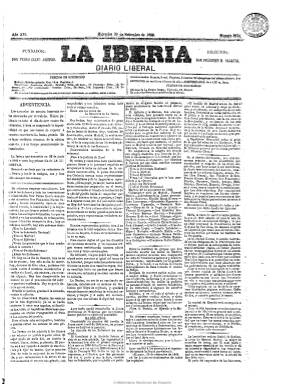
Título: La Iberia (Madrid. 1854)
Colección: Periódicos
Ámbito geográfico: Madrid
Lugar de publicación: Madrid
Fechas: 15/06/1854-21/06/1866

Junto a otros prohombres del liberalismo progresista, como los dramaturgos Manuel de Llano y Persi (1826-1907) y Juan de la Rosa González (1820-1886), fue fundada por el farmacéutico, periodista y también dramaturgo Pedro Calvo Asensio (1821-1863). Aparece su primer número el 15 de junio de 1854, en pleno movimiento militar en el que participa el propio Calvo y que un mes después finalizará en la Vicalvarada dando paso al Bienio Progresista (1854-1856). Será el prototipo del nuevo e influyente periodismo político y cauce del Partido Progresista. Para ello, Calvo supo rodearse de un nutrido grupo de excelentes periodistas y a la vez preclaras plumas del progresismo. Entre ellas, la de Práxedes Mateo Sagasta (1825-1903), que se formará como periodista en este diario desde 1857 y del que será redactor-jefe antes de asumir su dirección el uno de octubre de 1863, tras el fallecimiento de Calvo -su mentor y amigo- a la edad de 42 años, el 18 de septiembre de ese año, y adquirir la propiedad del periódico a su viuda –Ana María Posadas-, que la compartirá con José Abascal y Carredano (1829-1890). Este ya era copropietario –a partes iguales- con Calvo del diario desde 1862, y en 1864, junto a Sagasta y los hermanos Rojas, crearán su sociedad editora.

Con el subtítulo “diario liberal de la mañana” (a partir de 1860 desaparecerá la mención temporal), se publicará en entregas de cuatro páginas compuestas en cuatro densas planas de pequeña tipografía. Formará parte de la renovada prensa informativa y política española, cuyos contenidos van estructurados en secciones. Estas serán la Doctrinal (artículo de fondo o editorial), Noticias (Provincias, Madrid, Ultramar, Extranjero), Oficial (legislación), Variedades, Revista de teatros, Religiosa (cultos), Mercantil (cotizaciones de la Bolsa), Espectáculos (cartelera), Recreativa (folletín, que después se denominará Biblioteca de La Iberia y ocupará, generalmente, los faldones de la primera y segunda página) y Anuncios (que ocupará, aunque no siempre, la última plana completa). A estas se sumarán otras con los epígrafes Opinión, Gacetilla, Correspondencias extranjeras, Últimas noticias, Comunicado o Sección de remitidos, así como la parlamentaria o de Cortes, las de Política interior y Política exterior, además de otra de Astronomía (meteorología) o de Lotería nacional, con el listado de los premios.

No se publicará los lunes. A partir del 14 de noviembre de 1854 aumenta a cinco sus columnas por página. A partir del dos de diciembre de 1856 lo hace su formato y se empieza a componer a seis columnas, que las mantiene cuando vuelve a extender más su tamaño a partir de enero de 1860, llegando a indicar que es el de mayor dimensión y con mayor cantidad de “letras” de cuantos se publican. Imprime diversas ediciones (para Madrid y provincias) e incluso varias al día, así como, desde 1859, una edición económica, siendo distinguidas sus dos principales ediciones como la “grande” y la “chica” o económica. Además, entre diciembre de 1862 y el siete de septiembre de 1863, publicará también una edición satírica semanal, con caricaturas. Bajo la dirección de Sagasta llegará a ser uno de los diarios más leídos, y en 1865 superará en circulación a Las novedades (1850), el otro de los grandes noticieros, aunque La correspondencia (1859) se había convertido en el de mayor circulación de España, según la recaudación por timbre.

En su artículo de presentación se había proclamado “campeón de las doctrinas liberales” y había indicado que “la imparcialidad” era “su divisa; la legalidad, su escudo” y “la libertad, su grito de guerra”, y aunque exprese también que “no nos hemos afiliado a ningún partido”, se convertirá en órgano efectivo del Partido Progresista, incluyendo en sus páginas una sección bajo los epígrafes Circular o Boletín oficial de esta formación política. Desde La Iberia se combatirá a los ministerios moderados o unionistas de Ramón María Narváez (1800-1868) y de Leopoldo O’Donnell (1809-1867), y en un artículo del seis de septiembre de 1856 de Calvo Asensio se criticará duramente a los liberales que en 1858 se integrarán en la Unión Liberal liderada por el citado O’Donnell. Por el contrario, se mostrará favorable al general Baldomero Espartero (1793-1879).

La relación entre los periodistas de La Iberia y la actividad revolucionaria, política e institucional será muy estrecha, pues no sólo Calvo será diputado en 1854 y 1856 y Sagasta llegará a liderar el liberalismo progresista, tras el asesinato del general Prim (1870) y durante la Restauración, y ocupará varias veces la presidencia del Consejo de Ministros, sino otros de sus redactores o posteriores directores obtendrán actas de diputados o senadores u ocuparán cargos en la Administración. Es el caso del poeta Gaspar Núñez de Arce (1834-1903), que será su corresponsal en la Guerra de África (1859); del jurisconsulto Carlos Massa Sanguineti (1823-1883), que lo fue en la guerra austro-italiana (1859); o de Augusto Suárez Figueroa (1852-1904), Ángel Fernández de los Ríos (1821-1880), Fernando Fragoso (1830-1899), el ya citado Llano y Persi (1826-1907), Francisco Javier Carratalá (1830-1870), José María López del Pino (-1881), o Manuel Lasala. Hartzenbusch (1894) da un listado de hasta 36 periodistas de La Iberia, y además de los citados, incluye en su relación a los escritores Ventura Ruiz Aguilera (1820-1881) y Eugenio Sellés (1844-1926), a Francisco Javier de Moya (1821-1885), a su crítico teatral Juan de la Rosa González (1820-1886), a Víctor Balaguer (1823-1901), José Aguirre o Augusto Anguita.

A comienzos de 1858, La Iberia había mantenido una áspera polémica doctrinal con el órgano más representativo del Partido Demócrata –La Discusión (1856-1887)-, lo que causará que un grupo de los periodistas de esta pasase a engrosar la redacción de la primera, como es el caso de un entonces joven Manuel Ruiz Zorrilla (1833-1895). Como periódico más representativo del “espíritu del 54”, y defensor de la libertad de imprenta y de la soberanía nacional, será uno de los diarios que más sufrió multitud de denuncias, multas, secuestros, procesamientos y suspensiones, como el consejo de guerra al que se verán sometidos su director, editor responsable y periodistas el cinco de agosto de 1864, en virtud de la ley de imprenta del 29 de junio de ese año. Sagasta fue detenido, juzgado y condenado a muerte por su participación en el pronunciamiento de la sargentada del Cuartel de San Gil, el 22 de junio de 1866,  pero logrará huir y refugiarse en Francia. El último número del diario había sido publicado un día antes. El dos de enero de 1868 reaparecerá este órgano del Partido Progresista con el título La nueva Iberia, que también forma parte de esta Hemeroteca Digital de la BNE.